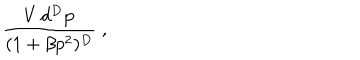
LaTeX: \frac { V \, d ^ { D } \mathbf { p } } { ( 1 + \beta p ^ { 2 } ) ^ { D } } \; ,